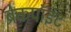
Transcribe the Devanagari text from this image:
ब्रेकपॉइंट